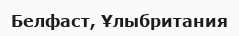
Белфаст, Ұлыбритания